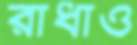
রাধাও